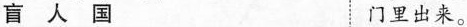
盲人国 门里出来。